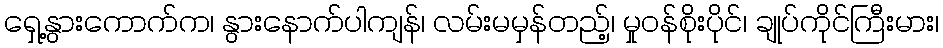
ရှေ့နွားကောက်က၊ နွားနောက်ပါကျန်၊ လမ်းမမှန်တည့်၊ မှုဝန်စိုးပိုင်၊ ချုပ်ကိုင်ကြီးမား၊